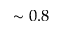
\sim 0 . 8